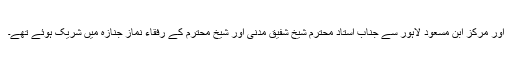
اور مرکز ابن مسعود لاہور سے جناب استاد محترم شیخ شفیق مدنی اور شیخ محترم کے رفقاء نماز جنازہ میں شریک ہوئے تھے۔